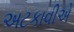
અટકાવીએ